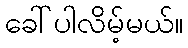
ခေါ်ပါလိမ့်မယ်။